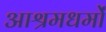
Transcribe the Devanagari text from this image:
आश्रमधर्मों